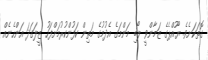
ގޮތަކަށެވެ. ޔޫއްޕެގެ ޒަމާންވީ ލޯބި މަންމަގެ އެދުމުގެ މަތިން ކަފުންކުރުމަށްފަހު ޒީލަގަދަ އަންހެނެއް